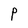
Character: P